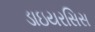
ડાઇયરસિસ